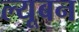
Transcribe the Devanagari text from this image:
ल्यूबन